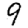
Digit: 9